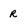
Character: r